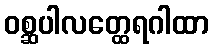
ဝစ္ဆပါလတ္ထေရဂါထာ